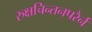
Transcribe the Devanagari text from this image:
रुक्षचिन्तनपरैर्न